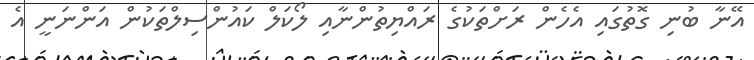
އޭނާ ބުނި ގޮތުގައި އެހެން ރަށްތަކުގެ ރައްޔިތުންނާއި ލޯކަލް ކައުންސިލްތަކުން އަންނަނީ އެ